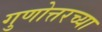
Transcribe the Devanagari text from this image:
गुणोत्तरच्या